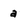
Character: a